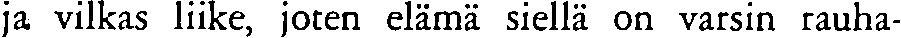
ja vilkas liike, joten elämä siellä on varsin rauha-